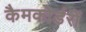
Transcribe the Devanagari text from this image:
कैमकोर्डरों